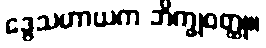
ဒွေသဟာယက ဘိက္ခုဝတ္ထု။